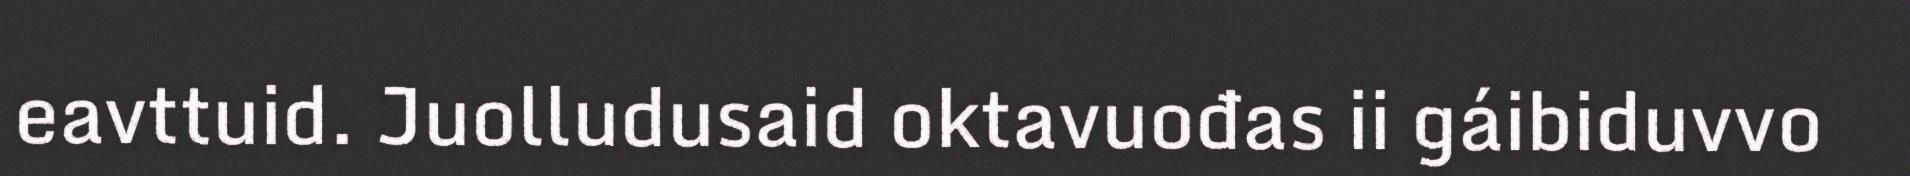
eavttuid. Juolludusaid oktavuođas ii gáibiduvvo